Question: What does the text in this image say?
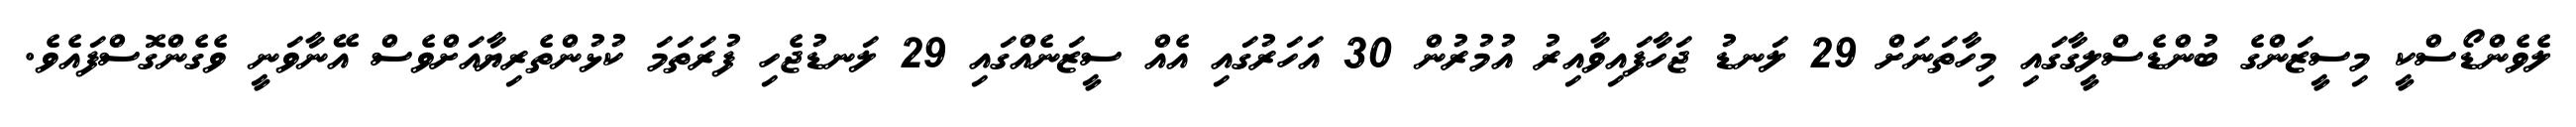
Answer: ލެވެންޑޯސްކީ މިސީޒަންގެ ބުންޑެސްލީގާގައި މިހާތަނަށް 29 ލަނޑު ޖަހާފައިވާއިރު އުމުރުން 30 އަހަރުގައި އެއް ސީޒަނެއްގައި 29 ލަނޑުޖެހި ފުރަތަމަ ކުޅުންތެރިޔާއަށްވެސް އޭނާވަނީ ވެގެންގޮސްފައެވެ.